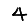
Digit: 4